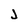
Character: J